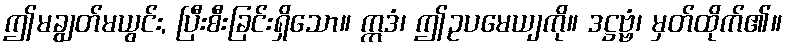
ဤမချွတ်မယွင်း, ပြီးစီးခြင်းရှိသော။ ဣဒံ၊ ဤဥပမေယျကို။ ဒဋ္ဌဗ္ဗံ၊ မှတ်ထိုက်၏။